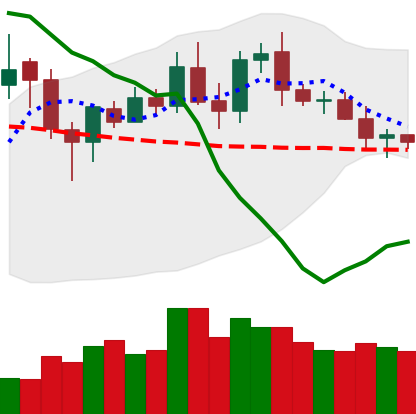
Ticker: DOGE-USD
Chart end date: 2020-01-25
Forward return: 8.108%
Label: up_7plus